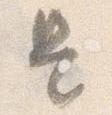
是